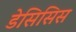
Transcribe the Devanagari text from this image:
डेसिसिस